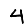
Digit: 4